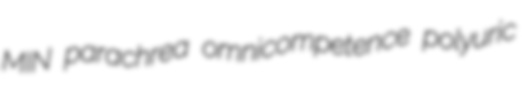
MIN parachrea omnicompetence polyuric